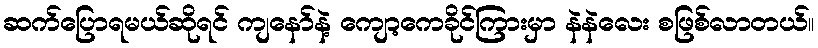
ဆက်ပြောရမယ်ဆိုရင် ကျနော်နဲ့ ကျော့ကေခိုင်ကြားမှာ နဲနဲလေး စဖြစ်လာတယ်။